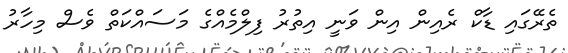
ތެރޭގައި ޑާކް ރެއިން އިން ވަނީ އިތުރު ފިލްމެއްގެ މަސައްކަތް ވެސް މިހާރު